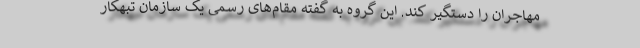
مهاجران را دستگیر کند. این گروه به گفته مقام‌های رسمی یک سازمان تبهکار